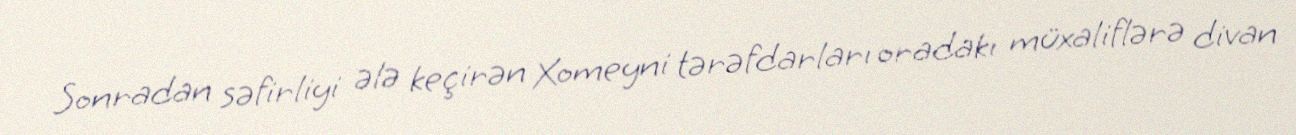
Sonradan səfirliyi ələ keçirən Xomeyni tərəfdarları oradakı müxaliflərə divan